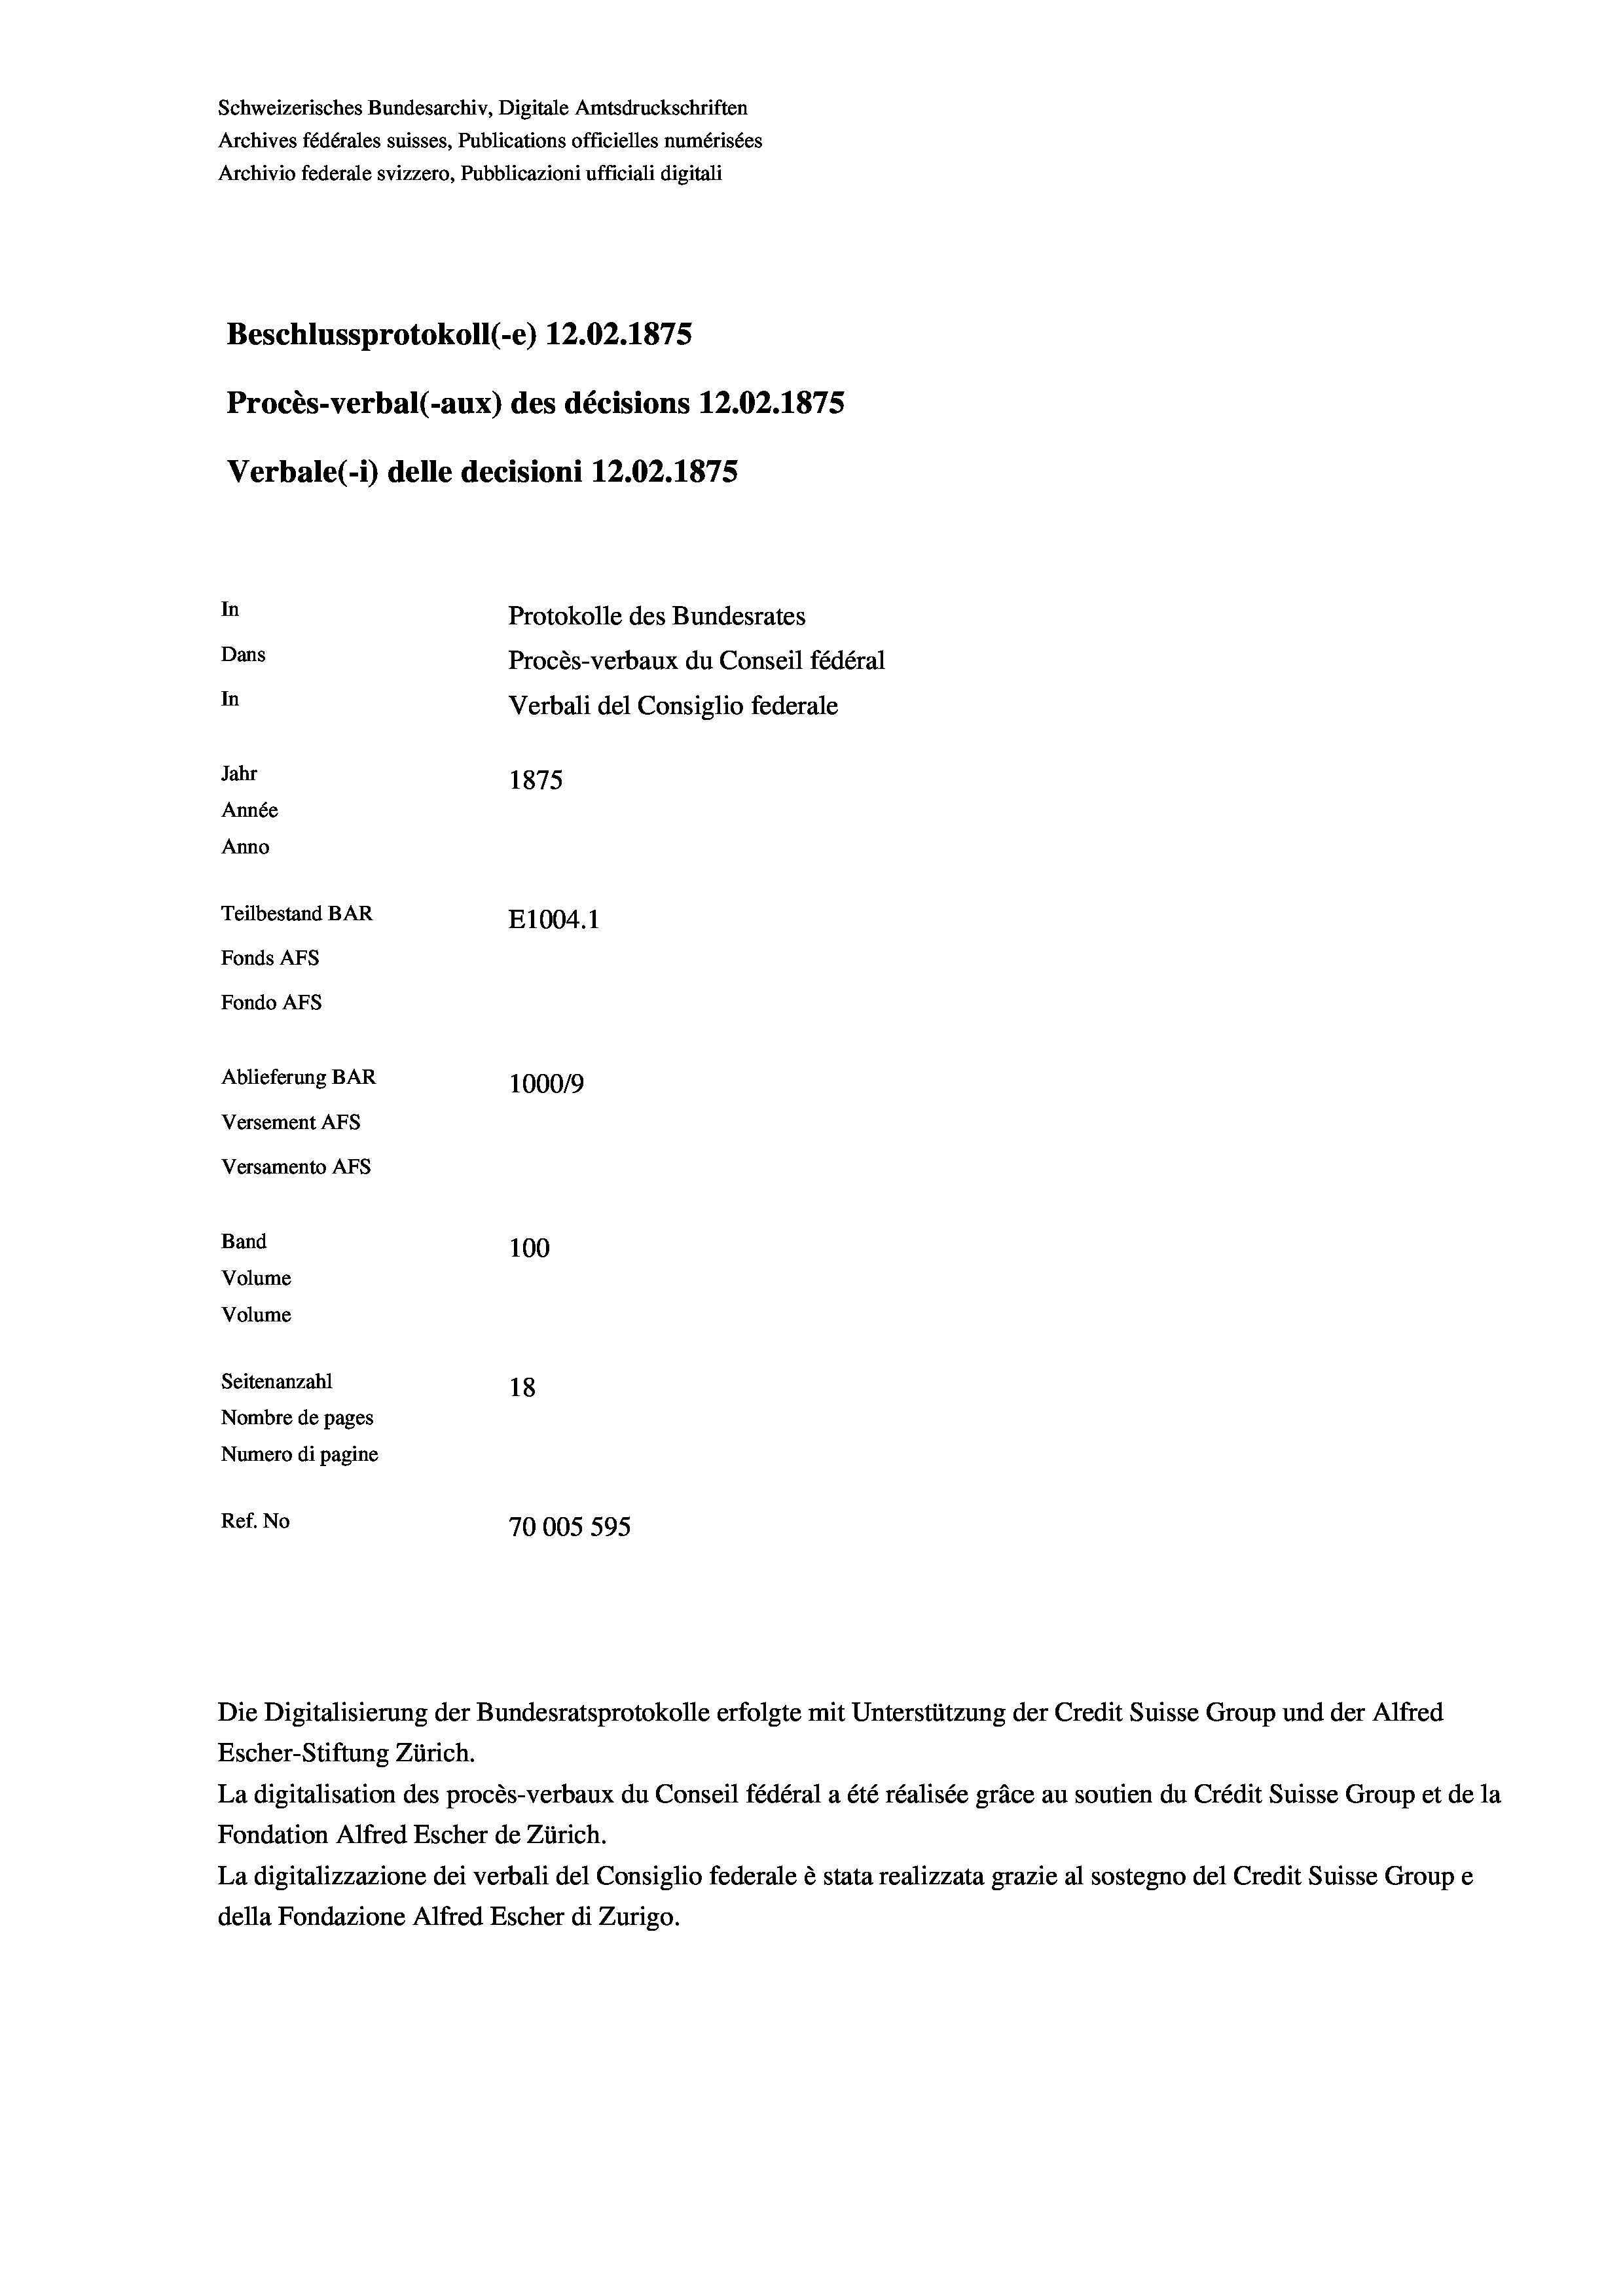
Schweizerisches Bundesarchiv, Digitale Amtsdruckschriften
Archives fédérales suisses, Publications officielles numérisées
Archivio federale svizzero, Pubblicazioni ufficiali digitali
Beschlussprotokoll (-e) 12.02.1875
Procès-verbal (-aux) des décisions 12.02.1875
Verbale (1) delle decisioni 12.02. 1875
In
Protokolle des Bundesrates
Dans
Procès-verbaux du Conseil fédéral
In
Verbali del Consiglio federale
Jahr
1875
Année
Anno
Teilbestand BAR
E1004. 1
Fonds AFs
Fondo AFs
Ablieferung BAR
1000/9
Versement Abs
Versamento AFs
Band
100
Volume
Volume

Seitenanzahl
18
Nombre de pages
Numero di pagine
Ref. No
70005 595

Die Digitalisierung der Bundesratsprotokolle erfolgte mit Unterstützung der Credit Suisse Group und der Alfred
Escher-Stiftung Zürich.
La digitalisation des procès-verbaux du Conseil fédéral a été réalisée gräce au soutien du Crédit Suisse Group et de la
Fondation Alfred Escher de Zürich.
La digitalizzazione dei verbali del Consiglio federale è stata realizzata grazie al sostegno del Credit Suisse Groupe
della Fondazione Alfred Escher di Zurigo.